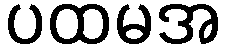
ပထမအ